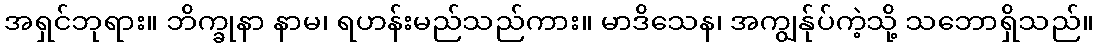
အရှင်ဘုရား။ ဘိက္ခုနာ နာမ၊ ရဟန်းမည်သည်ကား။ မာဒိသေန၊ အကျွန်ုပ်ကဲ့သို့ သဘောရှိသည်။